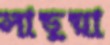
লাড়ুয়া